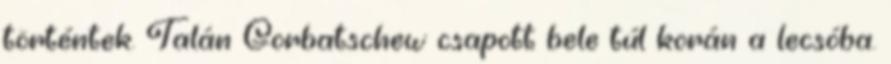
történtek. Talán Gorbatschew csapott bele túl korán a lecsóba.